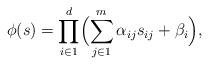
LaTeX: \begin{align*}\phi(s) = \prod_{i \in 1}^d\Bigl(\sum_{j \in 1}^m\alpha_{ij}s_{ij} + \beta_i\Bigr),\end{align*}